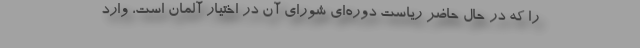
را که در حال حاضر ریاست دوره‌ای شورای آن در اختیار آلمان است، وارد